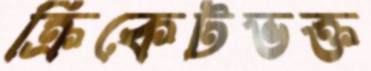
ক্রিকেটভক্ত